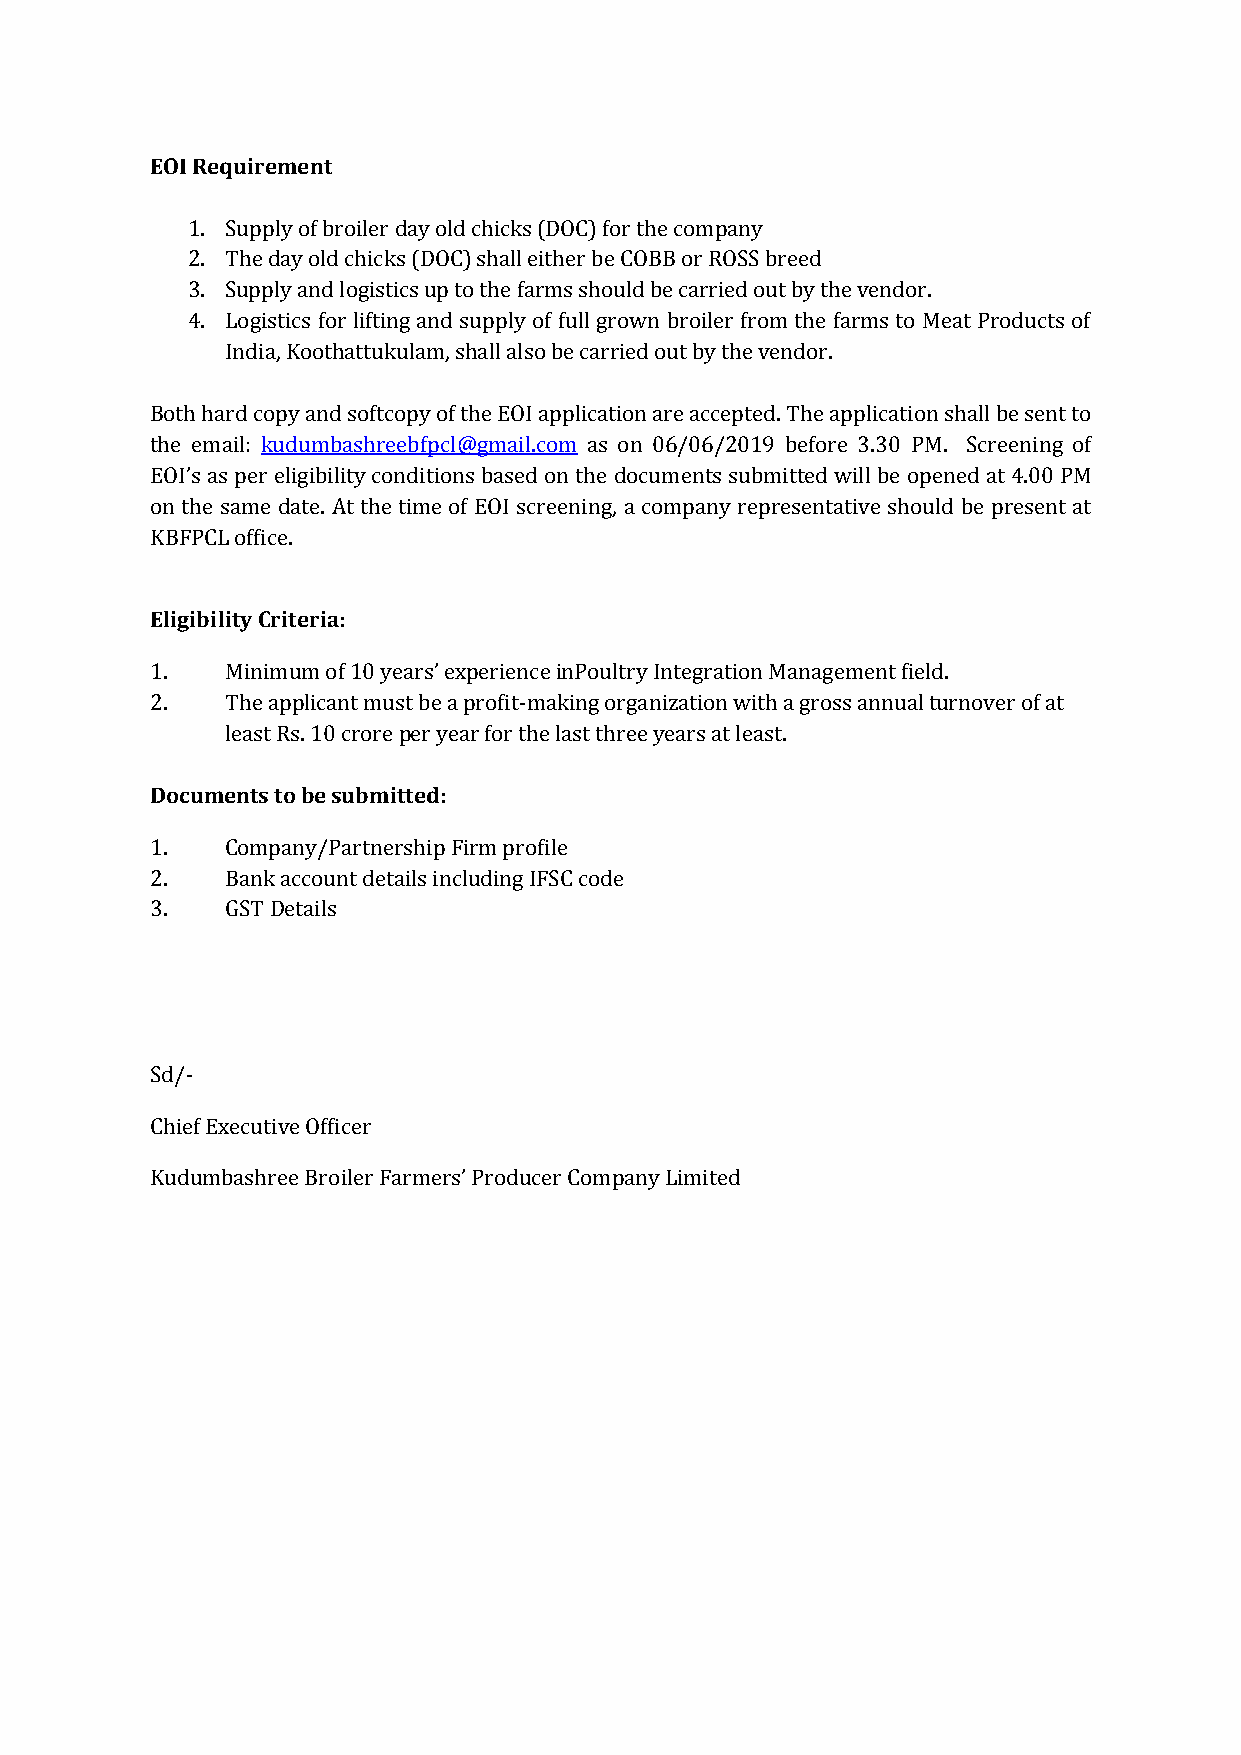
EOI Requirement
 1. Supply of broiler day old chicks (DOC) for the company
 2. The day old chicks (DOC) shall either be COBB or ROSS breed
 3. Supply and logistics up to the farms should be carried out by the vendor.
 4. Logistics for lifting and supply of full grown broiler from the farms to Meat Products of
 India, Koothattukulam, shall also be carried out by the vendor.
 Both hard copy and softcopy of the EOI application are accepted. The application shall be sent to
 the email: kudumbashreebfpcl@gmail.com as on 06/06/2019 before 3.30 PM. Screening of
 EOI’s as per eligibility conditions based on the documents submitted will be opened at 4.00 PM
 on the same date. At the time of EOI screening, a company representative should be present at
 KBFPCL office.
 Eligibility Criteria:
 1.   Minimum of 10 years’ experience inPoultry Integration Management field.
 2.   The applicant must be a profit-making organization with a gross annual turnover of at
 least Rs. 10 crore per year for the last three years at least.
 Documents to be submitted:
 1.   Company/Partnership Firm profile
 2.   Bank account details including IFSC code
 3.   GST Details
 Sd/-
 Chief Executive Officer
 Kudumbashree Broiler Farmers’ Producer Company Limited